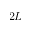
2 L